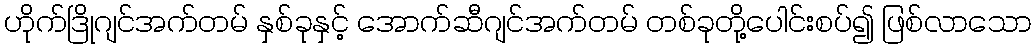
ဟိုက်ဒြိုဂျင်အက်တမ် နှစ်ခုနှင့် အောက်ဆီဂျင်အက်တမ် တစ်ခုတို့ပေါင်းစပ်၍ ဖြစ်လာသော